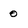
Character: 0